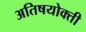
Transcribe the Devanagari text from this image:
अतिषयोक्ती